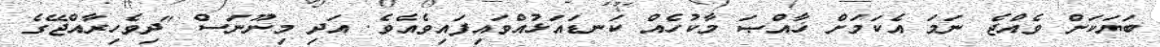
ބަޔަކަށް ވެއްޖެ ނަމަ އެކަމަށް ޚާއްޞަ މާކުހެއް ކަނޑައަޅުއްވައިފައިވެއެވެ. އަދި މިނޫނަސް "ދިވެހިރާއްޖޭގެ